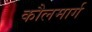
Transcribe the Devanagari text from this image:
कौलमार्ग